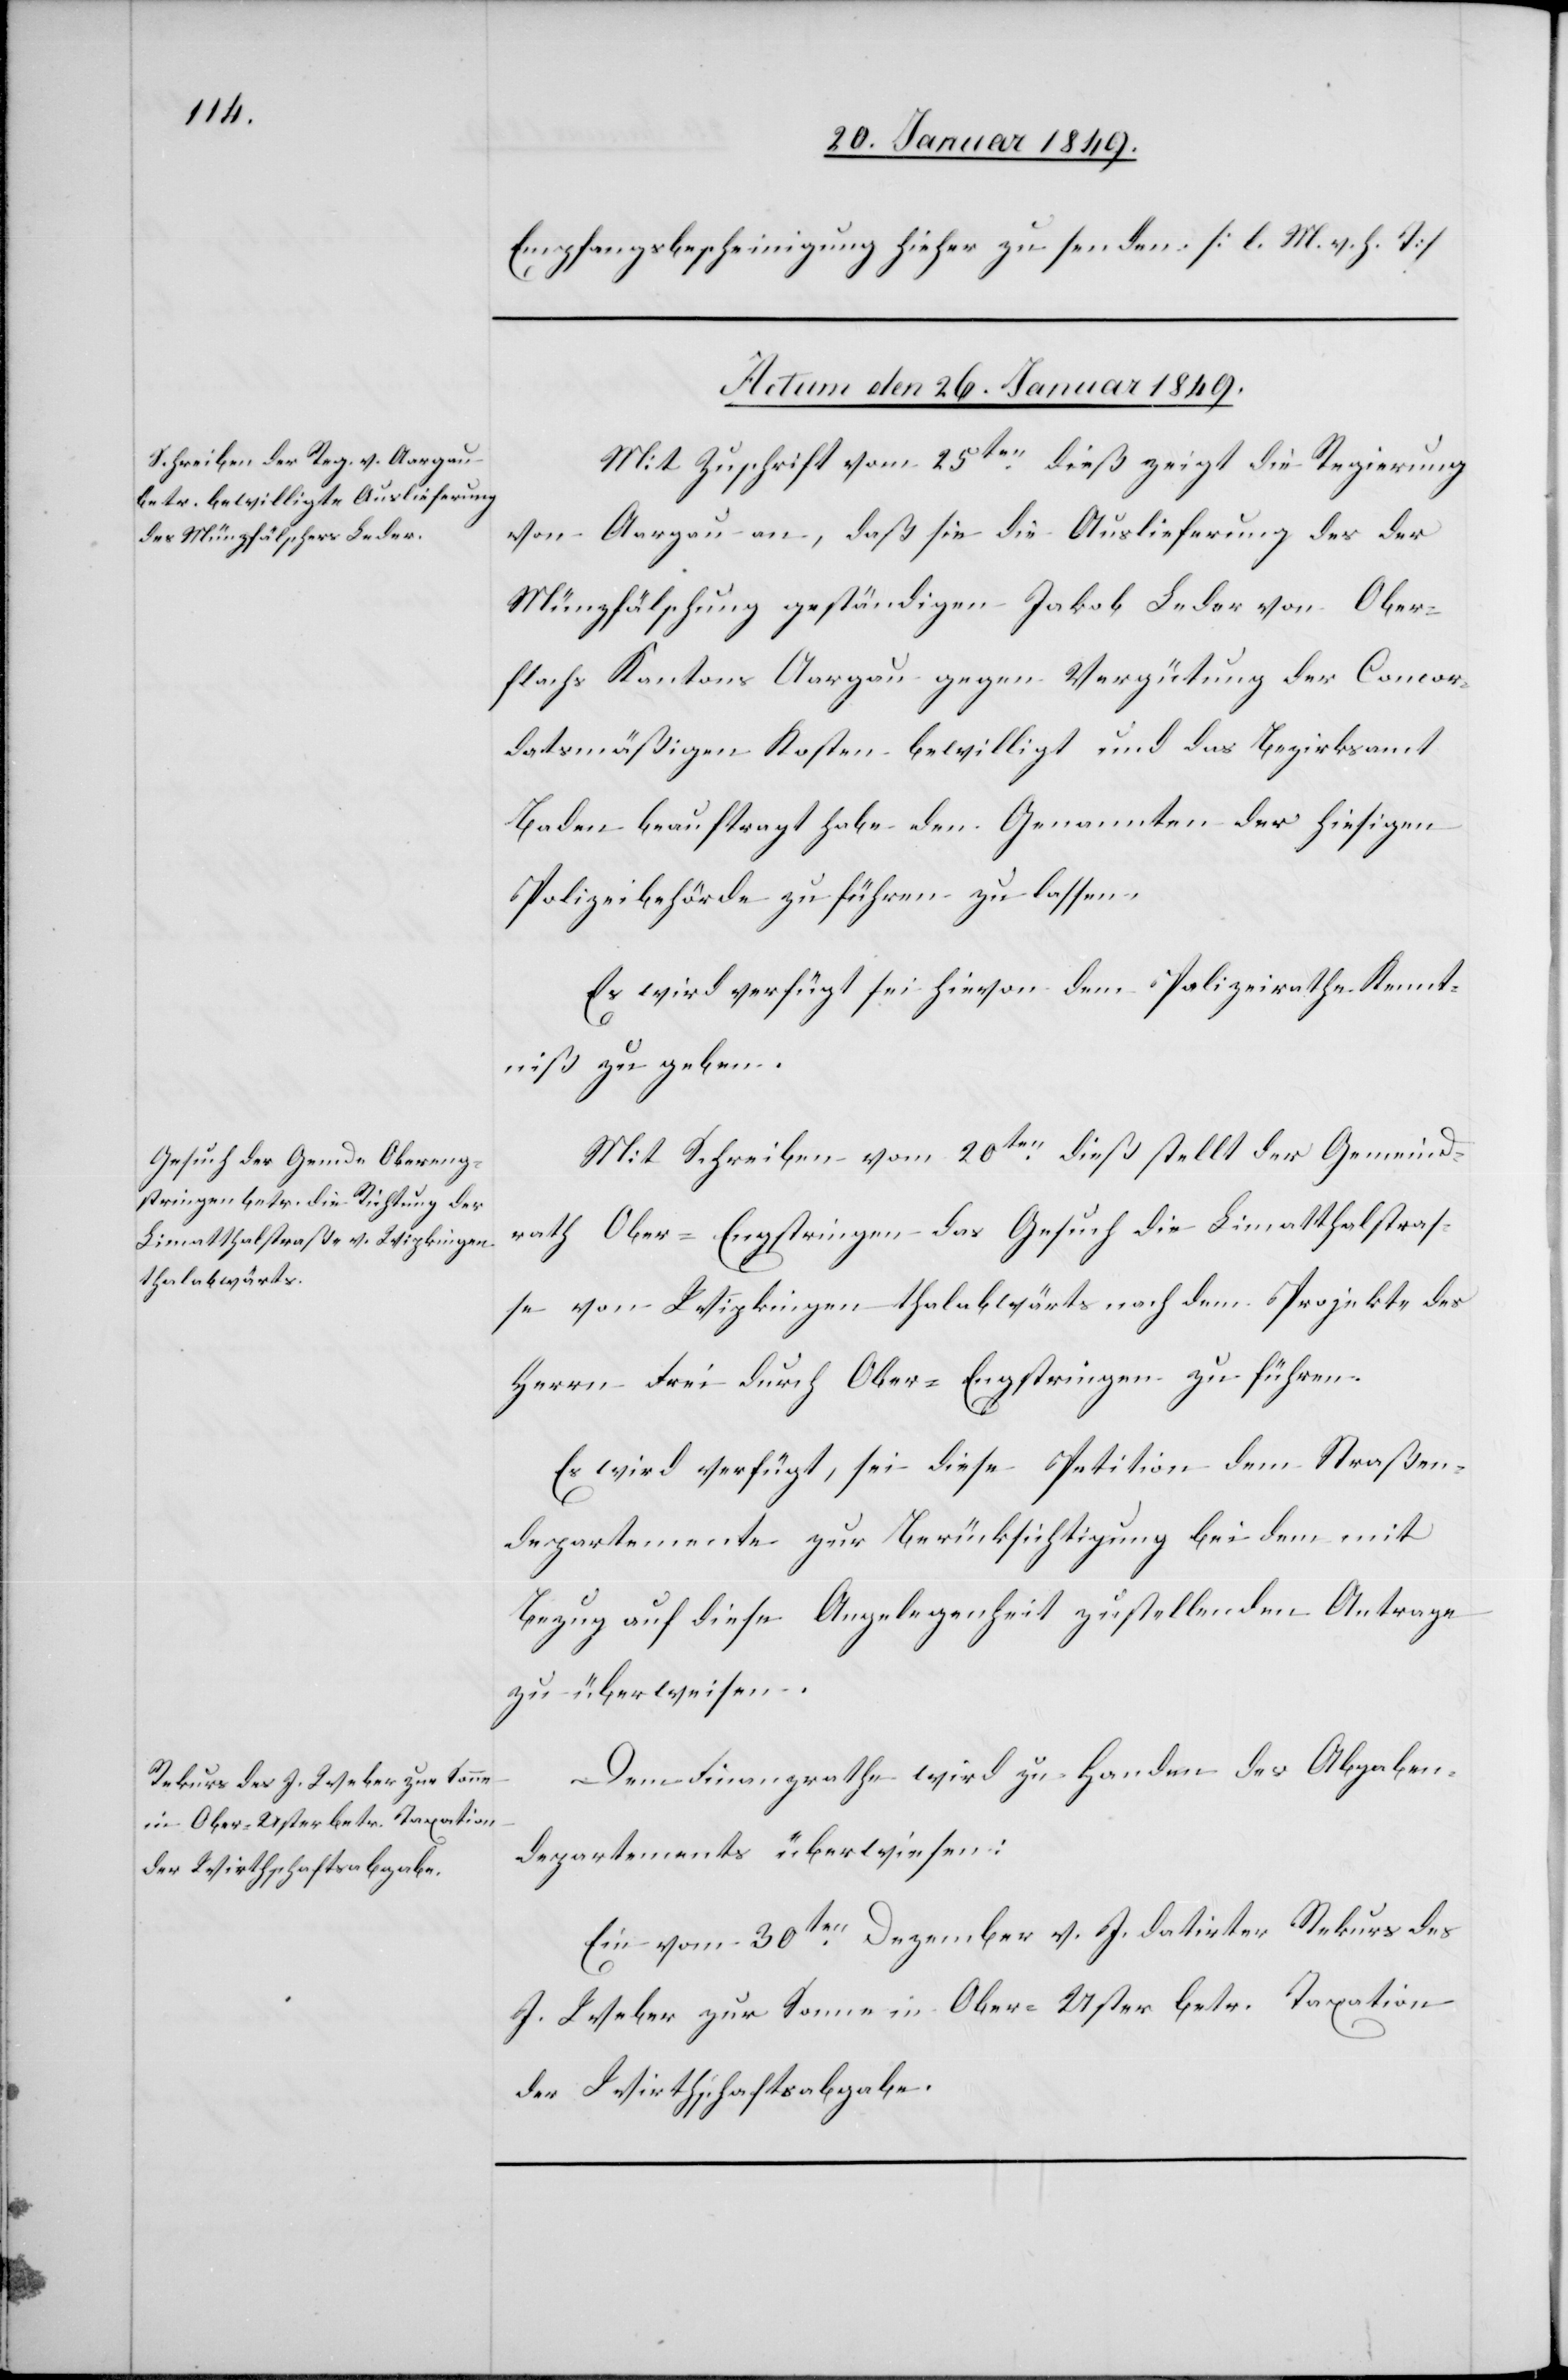
Empfangsbescheinigung hieher zu senden. [l. M. v. h. T]
Actum den 26. Januar 1849.]
Mit Zuschrift vom 25ten. dieß zeigt die Regierung
von Aargau an, daß sie die Auslieferung des der
Münzfälschung geständigen Jakob Leder von Ober¬
flachs Kantons Aargau gegen Vergütung der Concor¬
datsmäßigen Kosten bewilligt und das Bezirksamt
Baden beauftragt habe den Genannten der hiesigen
Polizeibehörde zuführen zu lassen.
Es wird verfügt sei hievon dem Polizeirathe Kennt¬
niß zu geben.
Mit Schreiben vom 20ten. dieß stellt der Gemeind¬
rath Ober-Engstringen das Gesuch die Limatthalstraß¬
e von Wipkingen thalabwärts nach dem Projekte des
Herrn Frei durch Ober-Engstringen zu führen.
Es wird verfügt, sei diese Petition dem Straßen¬
departemente zur Berücksichtigung bei dem mit
Bezug auf diese Angelegenheit zu stellenden Antrage
zu überweisen.
Dem Finanzrathe wird zu Handen des Abgaben¬
departements überwiesen:
Ein vom 30ten. Dezember v. J. datirter Rekurs des
J. Weber zur Sonne in Ober-Uster betr. Taxation
der Wirthschaftsabgabe.